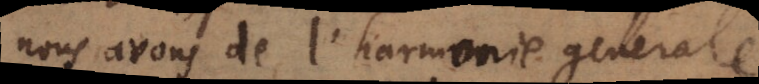
nous avons de l’harmonie generale